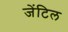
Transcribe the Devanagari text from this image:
जेंटिल